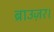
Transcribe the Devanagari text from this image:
ब्राउज़र।